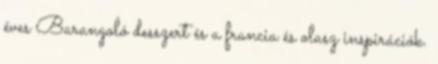
éves Barangoló desszert és a francia és olasz inspirációk.